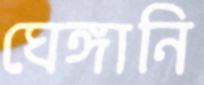
ঘেঙ্গানি